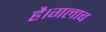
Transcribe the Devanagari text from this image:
है।गलाब